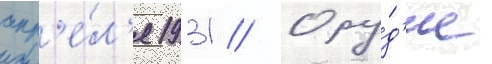
апр'е́л'я 1931 // Ору́д'ие